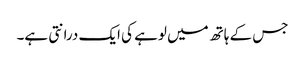
جس کے ہاتھ میں لوہے کی ایک درانتی ہے۔